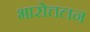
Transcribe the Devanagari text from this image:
भारोत्तलन